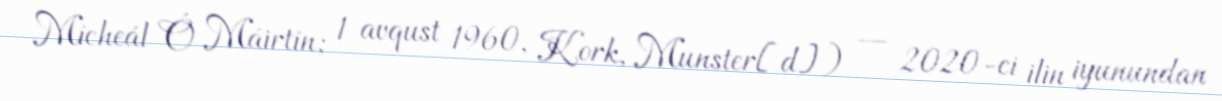
Mícheál Ó Máirtín; 1 avqust 1960, Kork, Munster[d]) — 2020-ci ilin iyunundan